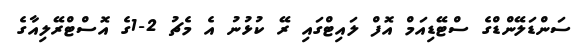
ސަންޑަލޭންޑްގެ ސްޓޭޑިއަމް އޮފް ލައިޓްގައި ރޭ ކުޅުނު އެ މެޗު 2-1ގެ އޮސްޓްރޭލިއާގެ